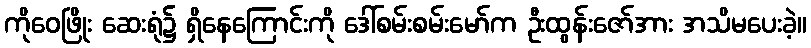
ကိုဝေဖြိုး ဆေးရုံ၌ ရှိနေကြောင်းကို ဒေါ်စမ်းစမ်းမော်က ဦးထွန်းဇော်အား အသိမပေးခဲ့။